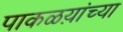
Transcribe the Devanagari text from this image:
पाकळय़ांच्या